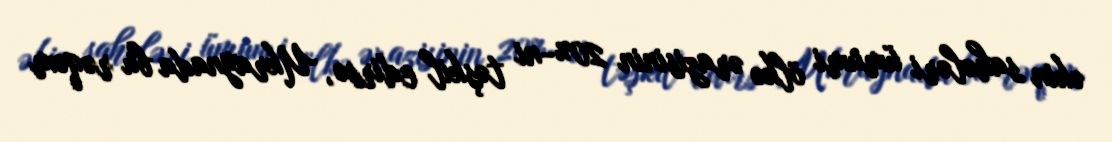
əkin sahələri ümumi ölkə ərazisinin 20%-ni təşkil edirsə, Ukraynada bu rəqəm